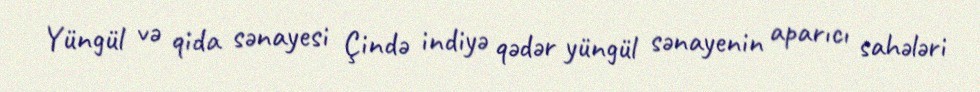
Yüngül və qida sənayesi Çində indiyə qədər yüngül sənayenin aparıcı sahələri